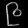
Digit: ၉